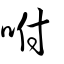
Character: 咐